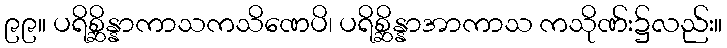
၉၉။ ပရိစ္ဆိန္နာကာသကသိဏေပိ၊ ပရိစ္ဆိန္နာအာကာသ ကသိုဏ်း၌လည်း။